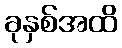
ခုနှစ်အထိ